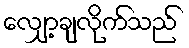
လျှော့ချလိုက်သည်